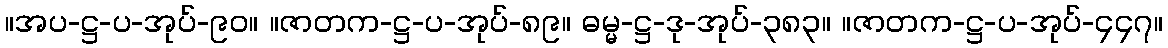
။အပ-ဋ္ဌ-ပ-အုပ်-၉၀။ ။ဇာတက-ဋ္ဌ-ပ-အုပ်-၈၉။ ဓမ္မ-ဋ္ဌ-ဒု-အုပ်-၃၈၃။ ။ဇာတက-ဋ္ဌ-ပ-အုပ်-၄၄၇။